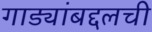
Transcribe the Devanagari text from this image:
गाड्यांबद्दलची